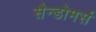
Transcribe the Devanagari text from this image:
सैन्डोमर्स